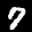
Label: 7